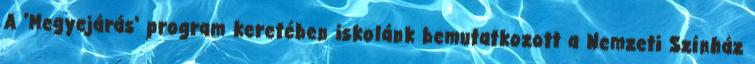
A 'Megyejárás' program keretében iskolánk bemutatkozott a Nemzeti Színház